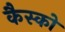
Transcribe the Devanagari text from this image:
कैस्को